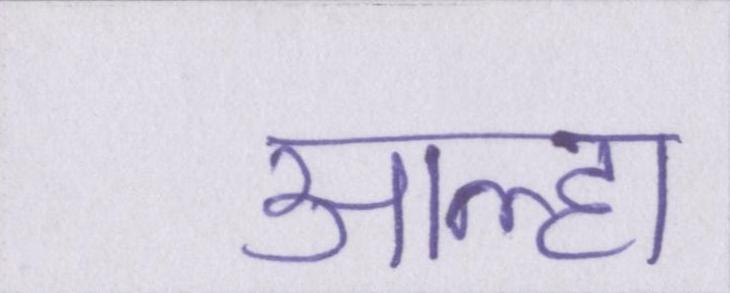
आल्हा